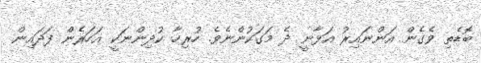
ބޮޑެތި ވެގެން އަންނައިރު އަޅާނީ ދެ މަގަކުންނެވެ. ހުރިހާ ކުދިންނަކީ އަހަރެން ފަދައިން